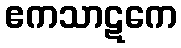
ဧကသာဋကေ